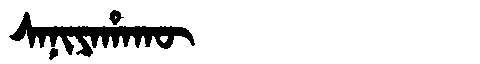
Manchu: ᠰᠠᠨᡳᠶᠠᡥᠠᡴᡡ
Romanization: SANIYAHAKŪ